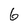
Character: 6